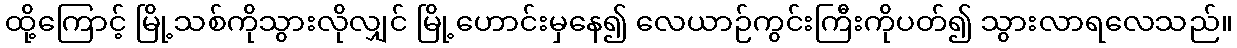
ထို့ကြောင့် မြို့သစ်ကိုသွားလိုလျှင် မြို့ဟောင်းမှနေ၍ လေယာဉ်ကွင်းကြီးကိုပတ်၍ သွားလာရလေသည်။